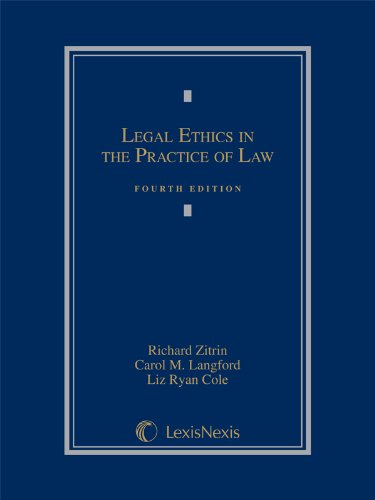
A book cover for Legal Ethics in the Practice of Law (2013); Richard Zitrin; Law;